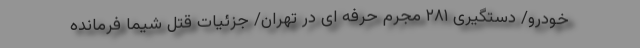
خودرو/ دستگیری ۲۸۱ مجرم حرفه ای در تهران/ جزئیات قتل شیما فرمانده